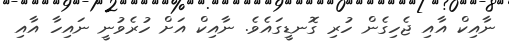
ނާއިކް އާއި ޖެހިގެން ހުރި ގޮނޑީގައެވެ. ނާއިކް އަށް ހުރެވުނީ ނައިހާ އާއި